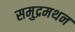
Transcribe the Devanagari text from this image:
समुद्रमथन